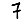
Digit: 7